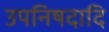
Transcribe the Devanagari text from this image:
उपनिषदादि